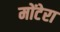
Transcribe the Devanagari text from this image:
मोंटेरा